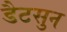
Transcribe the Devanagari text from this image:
डैटसुन